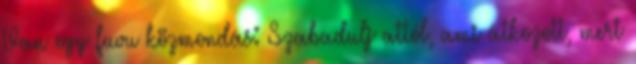
Van egy fuvu közmondás: Szabadulj attól, ami átkozott, mert